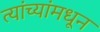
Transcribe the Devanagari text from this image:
त्यांच्यांमधून